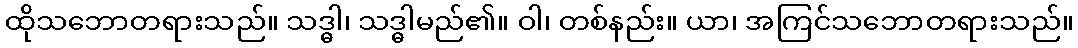
ထိုသဘောတရားသည်။ သဒ္ဓါ၊ သဒ္ဓါမည်၏။ ဝါ၊ တစ်နည်း။ ယာ၊ အကြင်သဘောတရားသည်။